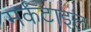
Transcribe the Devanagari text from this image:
मर्कंटाइल